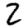
Digit: 2